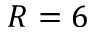
R = 6